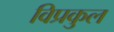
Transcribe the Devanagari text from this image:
विप्रकुल